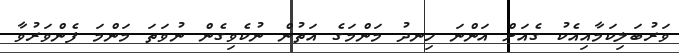
ވަރުބަލިކަމާއިއެކު ގެއަށް އަންނަ ހިނދު މަންމަގެ އަތުން ނުކެވިގެން ނުވަތަ މަންމަ ފެންވަރުވާ